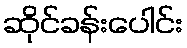
ဆိုင်ခန်းပေါင်း